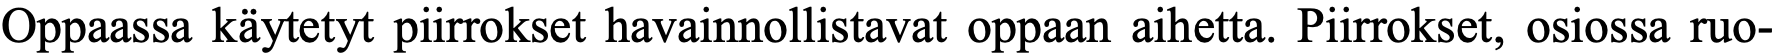
Oppaassa käytetyt piirrokset havainnollistavat oppaan aihetta. Piirrokset, osiossa ruo-